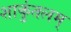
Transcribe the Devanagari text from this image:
शाकुंतलम्‌